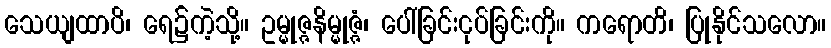
သေယျထာပိ၊ ရေ၌ကဲ့သို့။ ဥမ္မုဇ္ဇနိမ္မုဇ္ဇံ၊ ပေါ်ခြင်းငုပ်ခြင်းကို။ ကရောတိ၊ ပြုနိုင်သလော။